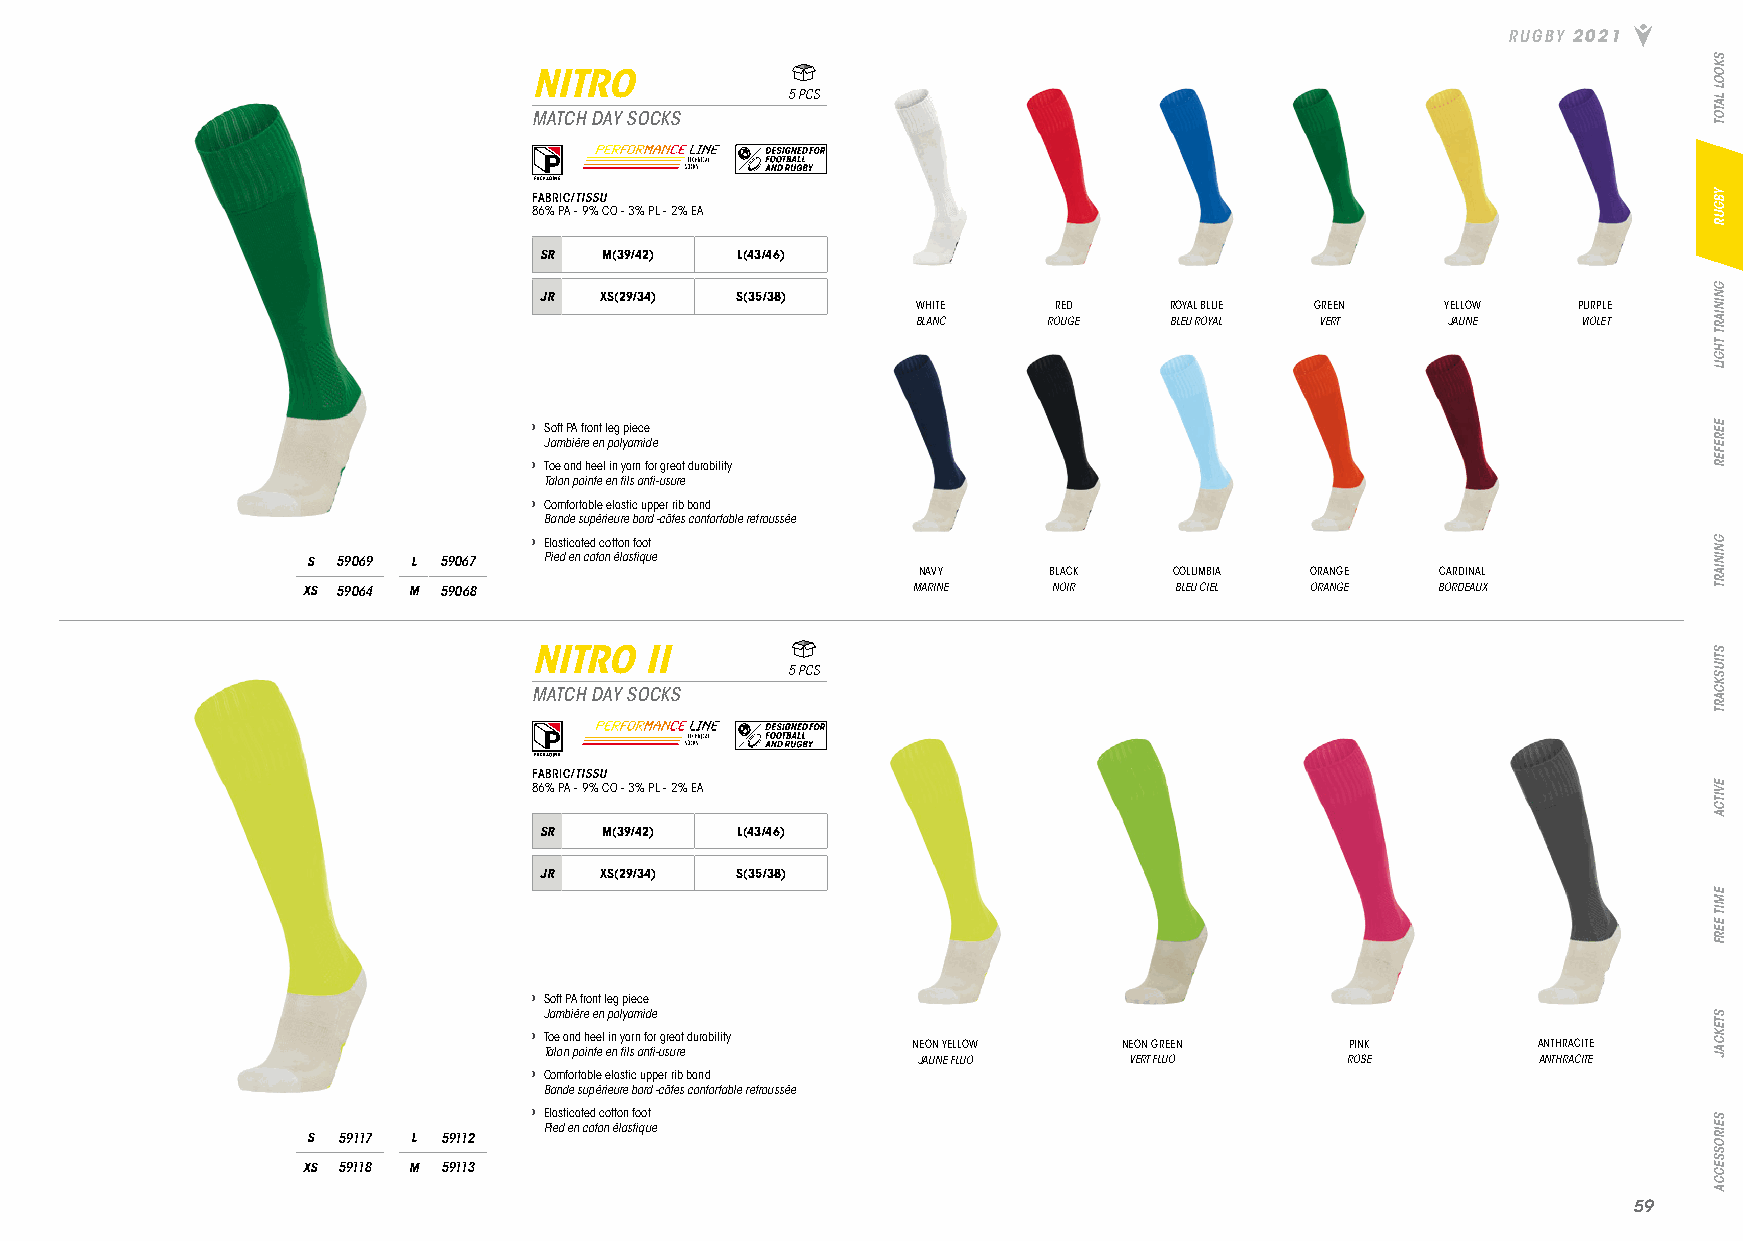
RUGBY 2021
 NITRO
 5 PCS
 MATCH DAY SOCKS
 FABRIC/TISSU
 86% PA - 9% CO - 3% PL - 2% EA
 SR  M(39/42) L(43/46)
 JR  XS(29/34) S(35/38)
 WHITE    RED    ROYAL BLUE GREEN   YELLOW  PURPLE
 BLANC   ROUGE   BLEU ROYAL VERT    JAUNE    VIOLET
 › Soft PA front leg piece
 Jambiére en polyamide
 › Toe and heel in yarn for great durability
 Talon pointe en fils anti-usure
 › Comfortable elastic upper rib band
 Bande supérieure bord -côtes confortable retroussée
 › Elasticated cotton foot
 S 59069 L 59067 Pied en coton élastique
 NAVY    BLACK    COLUMBIA ORANGE  CARDINAL
 XS 59064 M 59068                        MARINE    NOIR    BLEU CIEL ORANGE BORDEAUX
 NITRO   II
 5 PCS
 MATCH DAY SOCKS
 FABRIC/TISSU
 86% PA - 9% CO - 3% PL - 2% EA
 SR  M(39/42) L(43/46)
 JR  XS(29/34) S(35/38)
 › Soft PA front leg piece
 Jambiére en polyamide
 › Toe and heel in yarn for great durability
 NEON YELLOW   NEON GREEN     PINK         ANTHRACITE
 Talon pointe en fils anti-usure
 JAUNE FLUO    VERT FLUO     ROSE         ANTHRACITE
 › Comfortable elastic upper rib band
 Bande supérieure bord -côtes confortable retroussée
 › Elasticated cotton foot
 Pied en coton élastique
 S 59117 L 59112
 XS 59118 M 59113
 5599
 SKOOL
 LATOT
 YBGUR
 GNINIART
 THGIL
 EEREFER
 GNINIART
 STIUSKCART
 EVITCA
 EMIT
 EERF
 STEKCAJ
 SEIROSSECCA